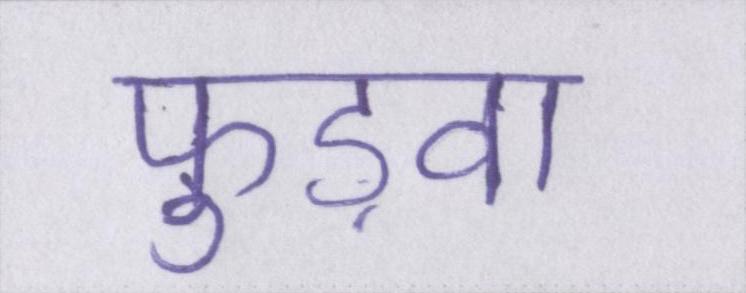
फुड़वा